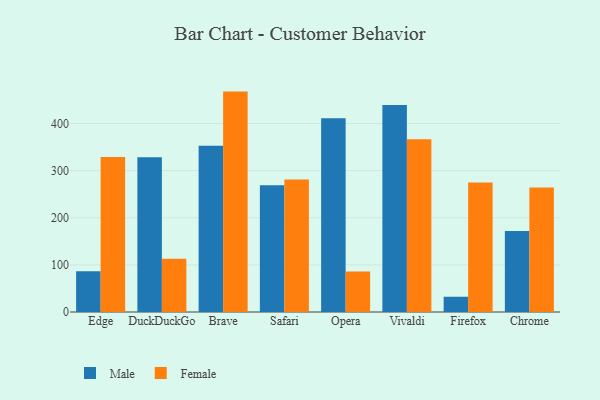
{"axis": {"x": "Browser", "y": "Satisfaction Score"}, "legend": ["Female", "Male"], "data": [{"x": "Edge", "y": 86.6, "type": "Male"}, {"x": "Edge", "y": 329.0, "type": "Female"}, {"x": "DuckDuckGo", "y": 328.2, "type": "Male"}, {"x": "DuckDuckGo", "y": 113.2, "type": "Female"}, {"x": "Brave", "y": 352.8, "type": "Male"}, {"x": "Brave", "y": 467.8, "type": "Female"}, {"x": "Safari", "y": 269.0, "type": "Male"}, {"x": "Safari", "y": 281.0, "type": "Female"}, {"x": "Opera", "y": 411.2, "type": "Male"}, {"x": "Opera", "y": 85.7, "type": "Female"}, {"x": "Vivaldi", "y": 439.2, "type": "Male"}, {"x": "Vivaldi", "y": 366.5, "type": "Female"}, {"x": "Firefox", "y": 32.4, "type": "Male"}, {"x": "Firefox", "y": 275.1, "type": "Female"}, {"x": "Chrome", "y": 172.0, "type": "Male"}, {"x": "Chrome", "y": 264.3, "type": "Female"}]}